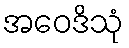
အဝေဒိသုံ